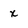
Character: x